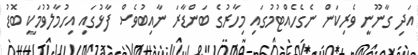
އަދި ގާނޫނީ ވެރިކަން ނެގެހެއްޓުމުގައި މިހާރުގެ ބަންޑާރަ ނާއިބުވެސް ފާޅުގައި އިހުމާލުވުމަކީ ބޮޑު